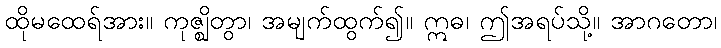
ထိုမထေရ်အား။ ကုဇ္ဈိတွာ၊ အမျက်ထွက်၍။ ဣဓ၊ ဤအရပ်သို့။ အာဂတော၊